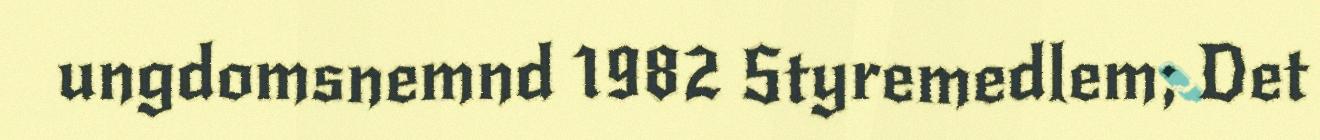
ungdomsnemnd 1982 Styremedlem; Det